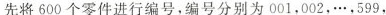
先将600个零件进行编号，编号分别为001，002，…，599，